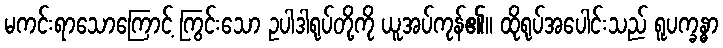
မကင်းရာသောကြောင့် ကြွင်းသော ဥပါဒါရုပ်တို့ကို ယူအပ်ကုန်၏။ ထိုရုပ်အပေါင်းသည် ရူပက္ခန္ဓာ